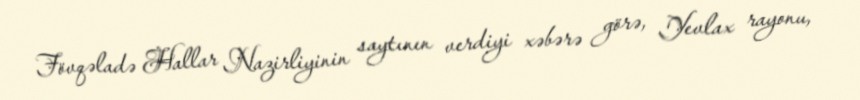
Fövqəladə Hallar Nazirliyinin saytının verdiyi xəbərə görə, Yevlax rayonu,